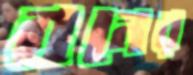
বনের